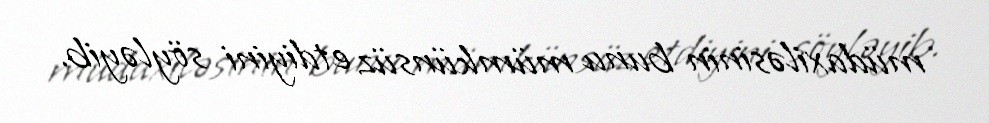
müdaxiləsinin bunu mümkünsüz etdiyini söyləyib.